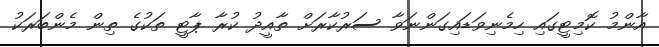
އާންމު ކޮމިޓީގައި ހިމެނިވަޑައިގަންނަވާ ސަރުކާރަށް ތާއީދު ކުރާ ޕާޓީ ތަކުގެ ތިން މެންބަރަކު